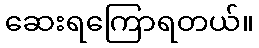
ဆေးရကြောရတယ်။